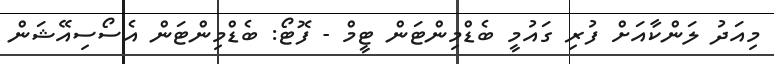
މިއަދު ލަންކާއަށް ފުރި ގައުމީ ބެޑްމިންޓަން ޓީމް - ފޮޓޯ: ބެޑްމިންޓަން އެސޯސިއޭޝަން